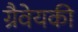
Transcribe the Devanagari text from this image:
ग्रैवेयकी